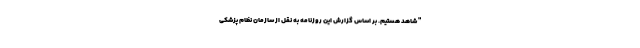
" شاهد هستيم. بر اساس گزارش اين روزنامه به نقل از سازمان نظام پزشكي